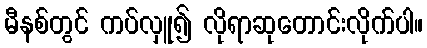
မီနစ်တွင် ကပ်လှူ၍ လိုရာဆုတောင်းလိုက်ပါ။